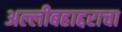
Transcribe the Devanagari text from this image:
अल्लीबहाद्दराचा